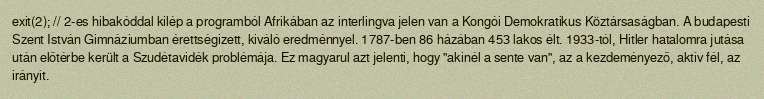
exit(2); // 2-es hibakóddal kilép a programból Afrikában az interlingva jelen van a Kongói Demokratikus Köztársaságban. A budapesti Szent István Gimnáziumban érettségizett, kiváló eredménnyel. 1787-ben 86 házában 453 lakos élt. 1933-tól, Hitler hatalomra jutása után előtérbe került a Szudétavidék problémája. Ez magyarul azt jelenti, hogy "akinél a sente van", az a kezdeményező, aktív fél, az irányít.